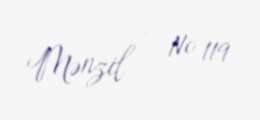
Mənzil - № 119